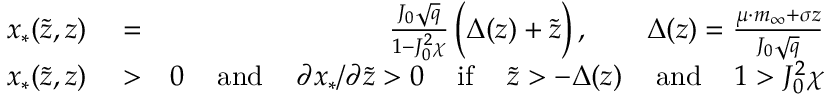
\begin{array} { r l r } { x _ { * } ( \tilde { z } , z ) } & { { } = } & { \frac { J _ { 0 } \sqrt { q } } { 1 - J _ { 0 } ^ { 2 } \chi } \, \Big ( \Delta ( z ) + \tilde { z } \Big ) \, , \qquad \Delta ( z ) = \frac { \mu \cdot m _ { \infty } + \sigma z } { J _ { 0 } \sqrt { q } } } \\ { x _ { * } ( \tilde { z } , z ) } & { { } > } & { 0 \, \quad \mathrm { a n d } \, \quad \partial x _ { * } / \partial \tilde { z } > 0 \, \quad \mathrm { i f } \, \quad \tilde { z } > - \Delta ( z ) \, \quad \mathrm { a n d } \, \quad 1 > J _ { 0 } ^ { 2 } \chi } \end{array}